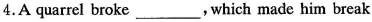
4.A quarrel broke___, which made him break